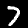
Label: 7